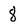
Character: 8